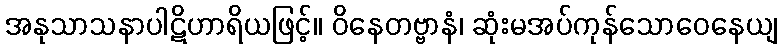
အနုသာသနာပါဋိဟာရိယဖြင့်။ ဝိနေတဗ္ဗာနံ၊ ဆုံးမအပ်ကုန်သောဝေနေယျ